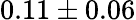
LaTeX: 0.11\pm 0.06